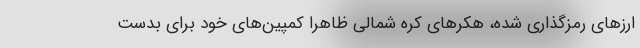
ارزهای رمزگذاری شده، هکرهای کره شمالی ظاهرا کمپین‌های خود برای بدست